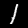
Digit: 1